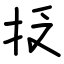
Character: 抸